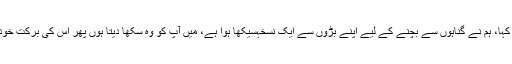
میں نے کہا، ہم نے گناہوں سے بچنے کے لیے اپنے بڑوں سے ایک نسخہسیکھا ہوا ہے، میں آپ کو وہ سکھا دیتا ہوں پھر اس کی برکت خود دیکھنا۔